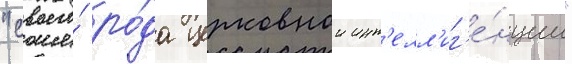
"своего́ ро́да церковнои инт'елл'иг'е́нции"